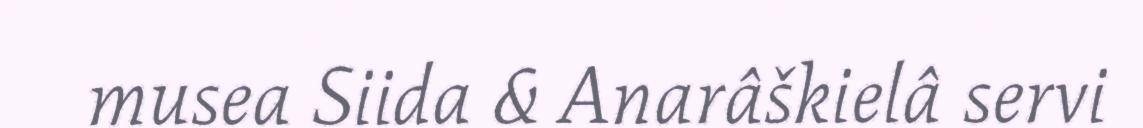
musea Siida & Anarâškielâ servi